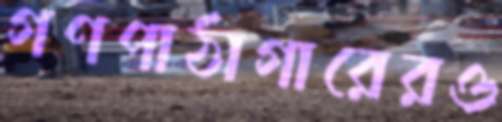
গণপাঠাগারেরও